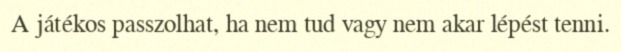
A játékos passzolhat, ha nem tud vagy nem akar lépést tenni.